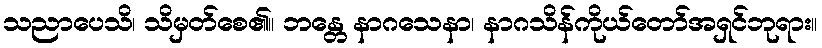
သညာပေသိ၊ သိမှတ်စေ၏။ ဘန္တေ နာဂသေနာ၊ နာဂသိန်ကိုယ်တော်အရှင်ဘုရား။